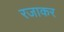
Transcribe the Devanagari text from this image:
रजाकर